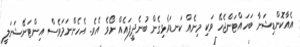
އެއާކޮންޑިޝަނާ ބަހައްޓަންޖެހޭ ވަކި މިނެއް ކަނޑައެޅިގެން ބުނެދީފައެއް ނޯވެ އެވެ. އެހެންނަމަވެސް އިންޓަނޭޝަނަލީ